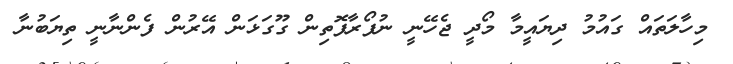
މިހާލަތައް ގައުމު ދިޔައީމާ މޯދީ ޖެހޭނީ ނުފޯރާފޮތިން ގޫގަޅަން އޭރުން ފެންނާނީ ތިޔަބުނާ